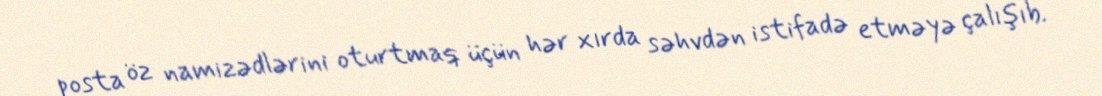
posta öz namizədlərini oturtmaq üçün hər xırda səhvdən istifadə etməyə çalışıb.